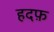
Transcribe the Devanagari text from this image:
हदफ़